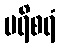
ပရိစရံ